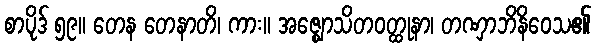
စာပိုဒ် ၅၉။ တေန တေနာတိ၊ ကား။ အဇ္ဈောသိတဝတ္ထုနာ၊ တဏှာဘိနိဝေသ၏